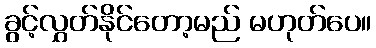
ခွင့်လွှတ်နိုင်တော့မည် မဟုတ်ပေ။